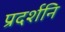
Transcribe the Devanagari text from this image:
प्रदर्शनि